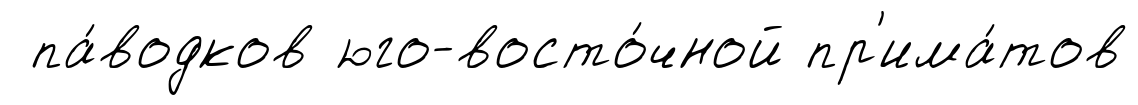
па́водков юго-восто́чной пр'има́тов